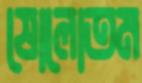
ষোলোতম